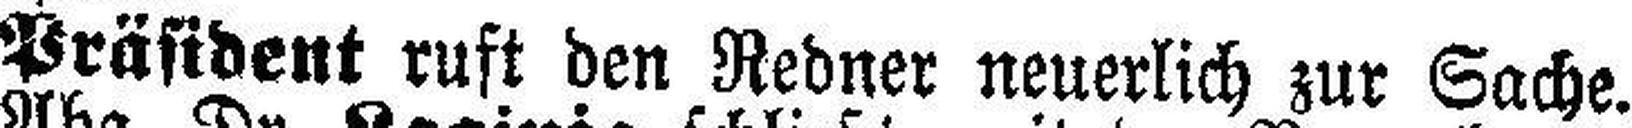
Präsident ruft den Redner neuerlich zur Sache.